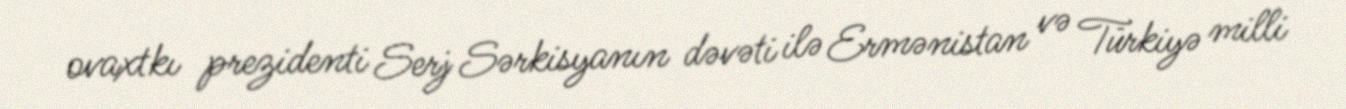
ovaxtkı prezidenti Serj Sərkisyanın dəvəti ilə Ermənistan və Türkiyə milli